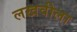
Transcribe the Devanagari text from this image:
लखवीला